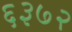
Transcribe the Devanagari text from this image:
६३७२